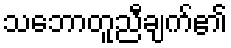
သဘောတူညီချက်၏